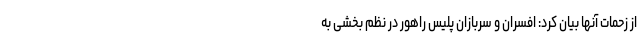
از زحمات آنها بیان کرد: افسران و سربازان پلیس راهور در نظم بخشی به